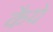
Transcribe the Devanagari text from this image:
कैये